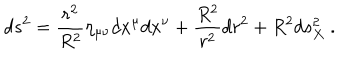
LaTeX: d s ^ { 2 } = \frac { r ^ { 2 } } { R ^ { 2 } } \eta _ { \mu \nu } d x ^ { \mu } d x ^ { \nu } + \frac { R ^ { 2 } } { r ^ { 2 } } d r ^ { 2 } + R ^ { 2 } d s _ { X } ^ { 2 } \ .